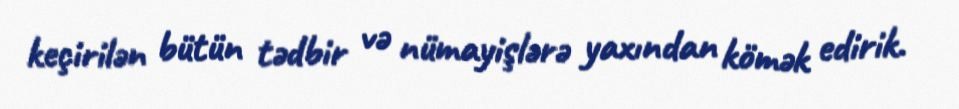
keçirilən bütün tədbir və nümayişlərə yaxından kömək edirik.